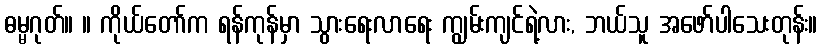
ဓမ္မဂုတ်။ ။ ကိုယ်တော်က ရန်ကုန်မှာ သွားရေးလာရေး ကျွမ်းကျင်ရဲ့လား, ဘယ်သူ အဖော်ပါသေးတုန်း။